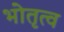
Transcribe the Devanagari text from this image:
भोतृत्व